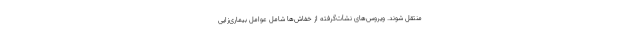
منتقل شوند. ویروس‌های نشأت‌گرفته از خفاش‌ها شامل عوامل بیماری‌زایی